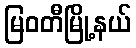
မြဝတီမြို့နယ်